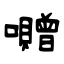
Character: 囎